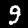
Digit: 9